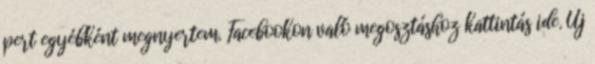
pert egyébként megnyertem. Facebookon való megosztáshoz kattintás ide. Új